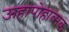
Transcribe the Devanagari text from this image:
ऊहापोहात्मक